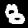
Label: 8